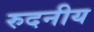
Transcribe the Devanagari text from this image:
रुदनीय